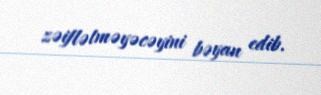
zəiflətməyəcəyini bəyan edib.